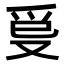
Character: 𤓿